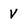
Character: V